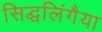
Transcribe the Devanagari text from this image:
सिद्धलिंगैया